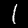
Label: 1